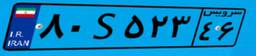
۸۰S۵۲۳۴۶